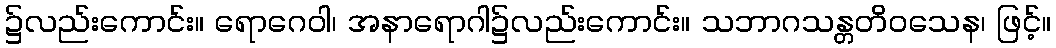
၌လည်းကောင်း။ ရောဂေဝါ၊ အနာရောဂါ၌လည်းကောင်း။ သဘာဂသန္တတိဝသေန၊ ဖြင့်။